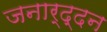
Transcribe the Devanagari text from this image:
जनार्द्दन